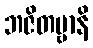
ဘဇိတဗ္ဗာနိ